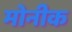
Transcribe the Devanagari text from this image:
मोनीक